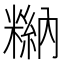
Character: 𥻻